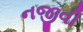
નજીવી